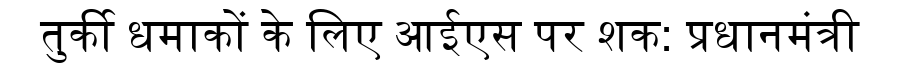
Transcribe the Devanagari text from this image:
तुर्की धमाकों के लिए आईएस पर शक: प्रधानमंत्री